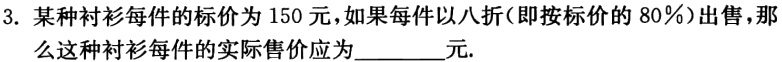
3. 某种衬衫每件的标价为150元，如果每件以八折（即按标价的80％）出售，那么这种衬衫每件的实际售价应为________元.